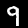
Digit: 9